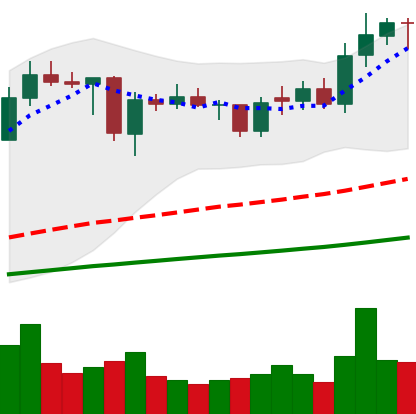
Ticker: ADA-USD
Chart end date: 2021-02-04
Forward return: 59.509%
Label: up_7plus